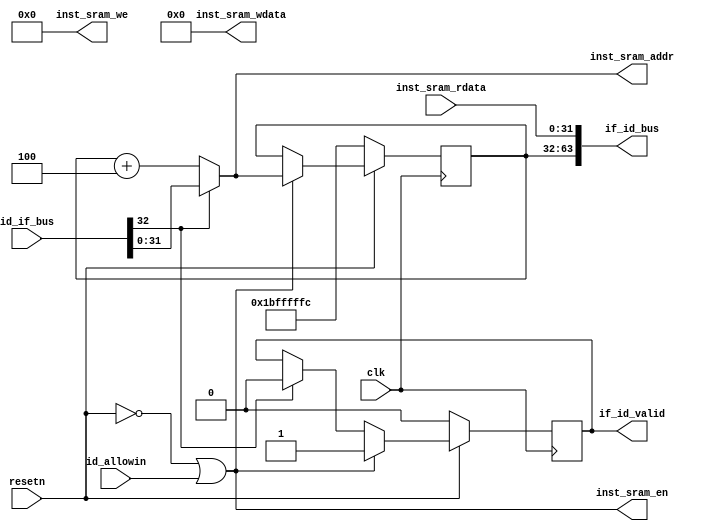
//pc
module IF (
    input           clk,
    input           resetn,
    //ID
    input           id_allowin,
    output          if_id_valid,
    output  [63:0]  if_id_bus,//if_pc+if_inst
    input   [32:0]  id_if_bus,//en_brch+brch_addr
    //
    output          inst_sram_en,
    output  [3:0]   inst_sram_we,
    output  [31:0]  inst_sram_addr,
    output  [31:0]  inst_sram_wdata,
    input   [31:0]  inst_sram_rdata
);
    //
    reg             if_valid;//if?
    wire            if_ready_go;//??
    wire            if_allowin;//?
    wire            en_brch_cancel;//
    reg     [31:0]  if_pc;//ifpc?
    wire    [31:0]  if_inst;//if?
    wire    [31:0]  if_nextpc;//pc
    wire    [31:0]  if_brch_addr;//pc
    wire    [31:0]  seq_pc;//pc

    assign  if_ready_go = 1'b1;
    assign  if_allowin = ~resetn | if_ready_go & id_allowin;//??
    always @(posedge clk ) begin
        if(~resetn)begin
            if_valid <= 1'b0;
        end
        else if(if_allowin)begin
            if_valid <= 1'b1;
        end
        else if(en_brch_cancel)begin
            if_valid <= 1'b0;
        end
    end
    assign  if_id_valid = if_ready_go & if_valid;
    assign  if_id_bus = { if_pc, if_inst };
    //pc
    assign  seq_pc = if_pc + 3'h4;
    assign  { en_brch_cancel, if_brch_addr} = id_if_bus;
    assign  if_nextpc = en_brch_cancel ? if_brch_addr : seq_pc;
    always @(posedge clk ) begin
        if(~resetn)begin
            if_pc <= 32'h1bfffffc;
        end
        else if(if_allowin)begin
            if_pc <= if_nextpc;
        end
    end
    //
    assign  inst_sram_en = if_allowin;
    assign  inst_sram_addr = if_nextpc;
    assign  if_inst = inst_sram_rdata;
    assign  inst_sram_we = 4'b0;
    assign  inst_sram_wdata = 32'b0;
endmodule